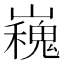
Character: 𭗪